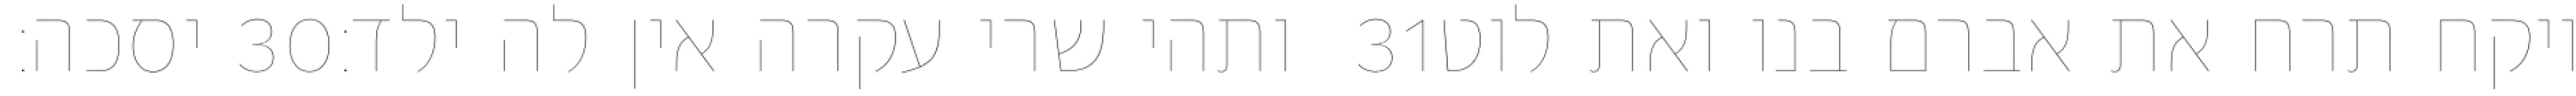
יסכה׃ ‎30‏ ותהי שרי עקרה אין לה ילד׃ ‎31‏ ויקח תרח את אברם בנו ואת לוט